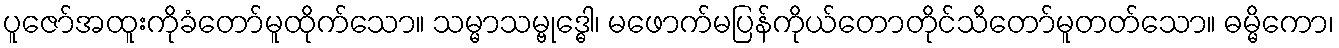
ပူဇော်အထူးကိုခံတော်မူထိုက်သော။ သမ္မာသမ္ဗုဒ္ဓေါ၊ မဖောက်မပြန်ကိုယ်တောတိုင်သိတော်မူတတ်သော။ ဓမ္မိကော၊